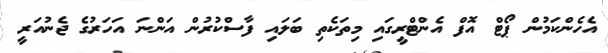
އެހެންކަމުން ޕޯޓް އޮފް އެންޓްރީގައި މިތަކެތި ބަލައި ފާސްކުރުން އަންނަ އަހަރުގެ ޖެނުއަރީ